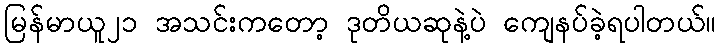
မြန်မာယူ၂၁ အသင်းကတော့ ဒုတိယဆုနဲ့ပဲ ကျေနပ်ခဲ့ရပါတယ်။